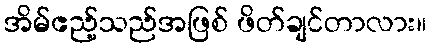
အိမ်ဧည့်သည်အဖြစ် ဖိတ်ချင်တာလား။